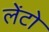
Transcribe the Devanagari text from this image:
लेंटो